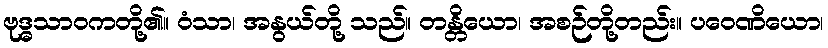
ဗုဒ္ဓသာဝကတို့၏။ ဝံသာ၊ အနွယ်တို့ သည်။ တန္တိယော၊ အစဉ်တို့တည်း။ ပဝေဏိယော၊